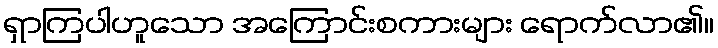
ရှာကြပါဟူသော အကြောင်းစကားများ ရောက်လာ၏။